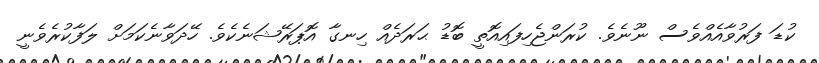
ކުޑަ ފަރުވާއެއްވެސް ނޫނެވެ. ކުރަންޖެހިފައިއޮތީ ބޮޑު ޙަރަދެއް ހިނގާ އޮޕަރޭޝަނެކެވެ. ހޭދަވާނެކަމަށް ލަފާކުރެވެނީ